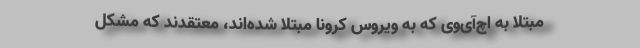
مبتلا به اچ‌آی‌وی که به ویروس کرونا مبتلا شده‌اند، معتقدند که مشکل